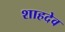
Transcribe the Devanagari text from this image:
शाहदेव